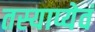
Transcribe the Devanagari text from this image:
तस्याप्येवं